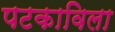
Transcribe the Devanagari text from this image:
पटकाविला